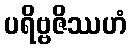
ပရိဗ္ဗဇိဿဟံ